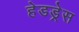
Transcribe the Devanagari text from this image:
हेडड्रेस